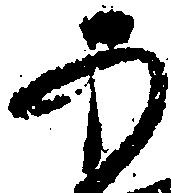
あ